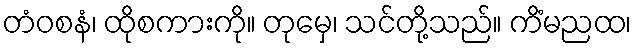
တံဝစနံ၊ ထိုစကားကို။ တုမှေ၊ သင်တို့သည်။ ကိံမညထ၊